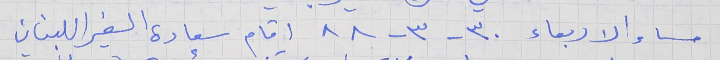
مساء الاربعاء ٣٠ - ٣-٨٨ اقام سعادة السفير اللبناني